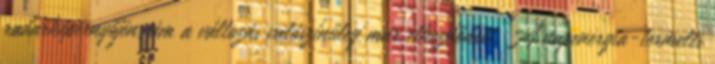
radarképernyőjén, ám a változás valószínűleg már elkezdődött. A napenergia-termelés